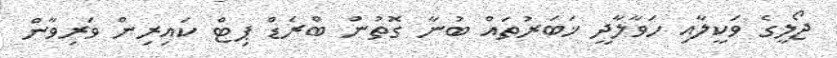
ޖޯލީގެ ވަކީލާއި ހަވާލާދީ ޚަބަރުތައް ބުނާ ގޮތުން ބްރެޑް ޕިޓް ކައިރިން ވަރިވާން